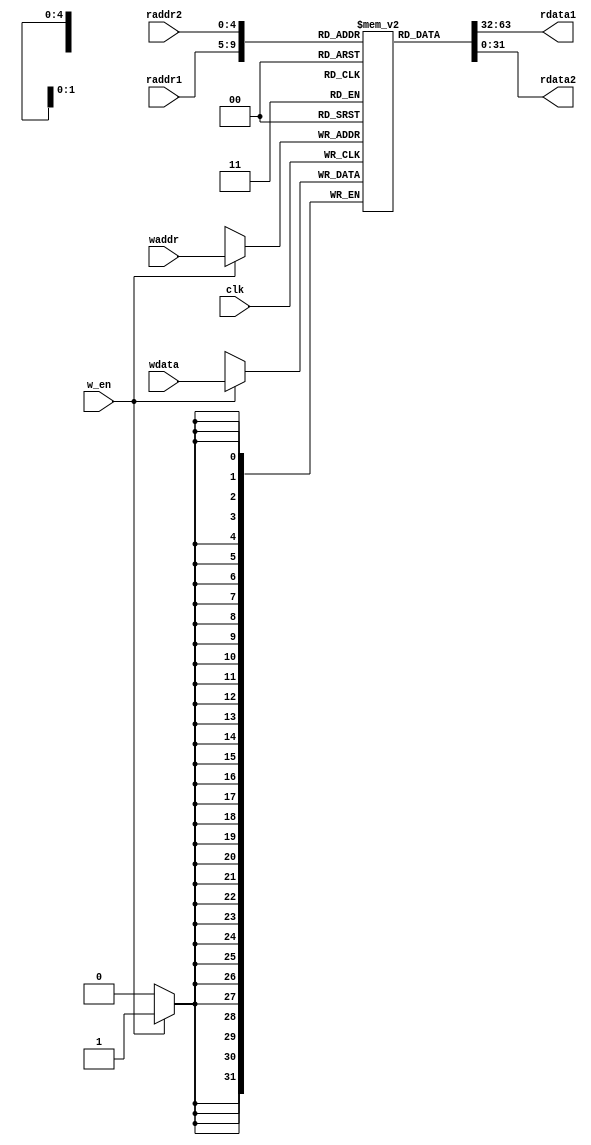
`timescale 1ns / 1ps

module regfile #(parameter ADDR_SIZE=5, WORD_SIZE=32)(
	input clk,
	input w_en,                                        // write enable
	input [ADDR_SIZE-1:0] raddr1,                      // read address port 1
	input [ADDR_SIZE-1:0] raddr2,                      // read address port 2
	input [ADDR_SIZE-1:0] waddr,                       // write address port
	input [WORD_SIZE-1:0] wdata,                       // write port
	output [WORD_SIZE-1:0] rdata1,                     // read port 1
	output [WORD_SIZE-1:0] rdata2                      // read port 2
	);

	parameter REGFILE_SIZE = 2**ADDR_SIZE;
	reg [WORD_SIZE-1:0] regblock [REGFILE_SIZE-1:0];

	assign rdata1 = regblock[raddr1];
	assign rdata2 = regblock[raddr2];

	always @ (negedge clk)                             // writes to regfile at negedge
		if(w_en)
			regblock[waddr] <= wdata; 

endmodule